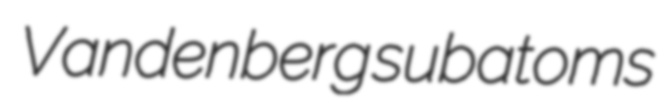
Vandenberg subatoms